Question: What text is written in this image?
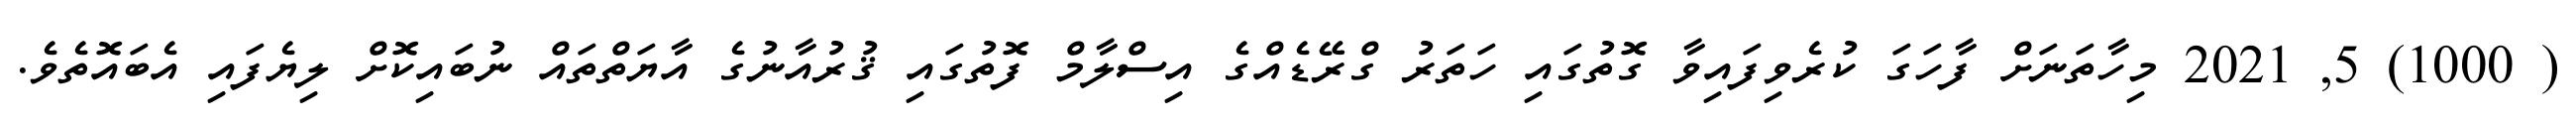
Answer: ( 1000) 5, 2021 މިހާތަނަށް ފާހަގަ ކުރެވިފައިވާ ގޮތުގައި ހަތަރު ގްރޭޑެއްގެ އިސްލާމް ފޮތުގައި ޤުރުއާނުގެ އާޔަތްތައް ނުބައިކޮށް ލިޔެފައި އެބައޮތެވެ.